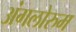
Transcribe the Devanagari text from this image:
अंगलोरुम